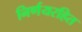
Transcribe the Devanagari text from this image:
निर्णयरहित